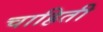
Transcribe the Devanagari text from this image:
चाहिती